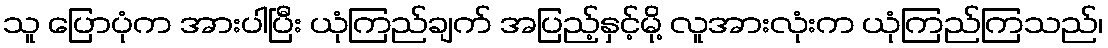
သူ ပြောပုံက အားပါပြီး ယုံကြည်ချက် အပြည့်နှင့်မို့ လူအားလုံးက ယုံကြည်ကြသည်၊